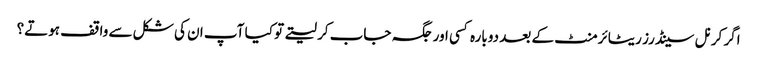
اگر کرنل سینڈرز ریٹائرمنٹ کے بعد دوبارہ کسی اور جگہ جاب کر لیتے تو کیا آپ ان کی شکل سے واقف ہوتے؟